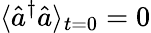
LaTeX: \langle\hat{a}^{\dagger}\hat{a}\rangle_{t=0}=0